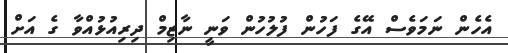
އެހެން ނަމަވެސް އޭގެ ފަހުން ފުލުހުން ވަނީ ނާޒިމް ދިރިއުޅުއްވާ ގެ އަށް